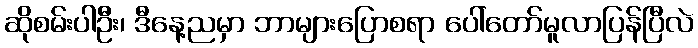
ဆိုစမ်းပါဦး၊ ဒီနေ့ညမှာ ဘာများပြောစရာ ပေါ်တော်မူလာပြန်ပြီလဲ